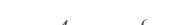
٥٧